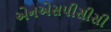
એનએસપીસીસી